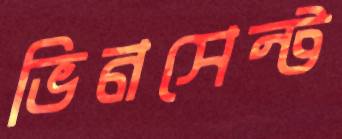
ভিনসেন্ট